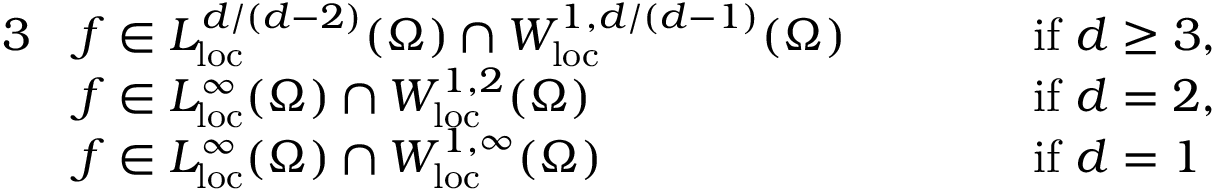
\begin{array} { r l r l } { { 3 } } & { f \in L _ { { \mathrm { l o c } } } ^ { d / ( d - 2 ) } ( \Omega ) \cap W _ { \mathrm { l o c } } ^ { 1 , d / ( d - 1 ) } ( \Omega ) \qquad } & & { \mathrm { i f ~ } d \ge 3 , } \\ & { f \in L _ { { \mathrm { l o c } } } ^ { \infty } ( \Omega ) \cap W _ { \mathrm { l o c } } ^ { 1 , 2 } ( \Omega ) \qquad } & & { \mathrm { i f ~ } d = 2 , } \\ & { f \in L _ { { \mathrm { l o c } } } ^ { \infty } ( \Omega ) \cap W _ { \mathrm { l o c } } ^ { 1 , \infty } ( \Omega ) \qquad } & & { \mathrm { i f ~ } d = 1 } \end{array}